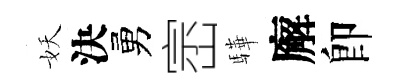
妖決勇崈驊廨卽